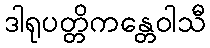
ဒါရုပတ္တိကန္တေဝါသီ